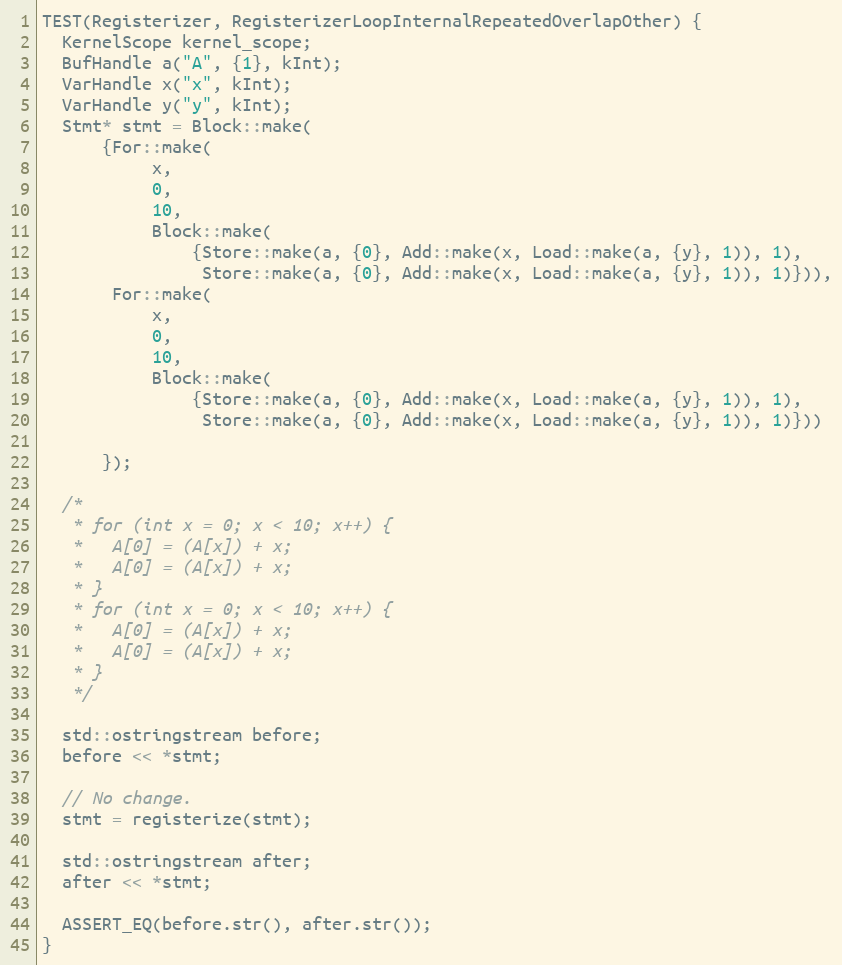
Language: C++
TEST(Registerizer, RegisterizerLoopInternalRepeatedOverlapOther) {
  KernelScope kernel_scope;
  BufHandle a("A", {1}, kInt);
  VarHandle x("x", kInt);
  VarHandle y("y", kInt);
  Stmt* stmt = Block::make(
      {For::make(
           x,
           0,
           10,
           Block::make(
               {Store::make(a, {0}, Add::make(x, Load::make(a, {y}, 1)), 1),
                Store::make(a, {0}, Add::make(x, Load::make(a, {y}, 1)), 1)})),
       For::make(
           x,
           0,
           10,
           Block::make(
               {Store::make(a, {0}, Add::make(x, Load::make(a, {y}, 1)), 1),
                Store::make(a, {0}, Add::make(x, Load::make(a, {y}, 1)), 1)}))

      });

  /*
   * for (int x = 0; x < 10; x++) {
   *   A[0] = (A[x]) + x;
   *   A[0] = (A[x]) + x;
   * }
   * for (int x = 0; x < 10; x++) {
   *   A[0] = (A[x]) + x;
   *   A[0] = (A[x]) + x;
   * }
   */

  std::ostringstream before;
  before << *stmt;

  // No change.
  stmt = registerize(stmt);

  std::ostringstream after;
  after << *stmt;

  ASSERT_EQ(before.str(), after.str());
}